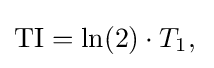
{\textstyle {\textrm {TI}}=\ln(2)\cdot T_{1},\,}